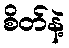
စိတ်နဲ့